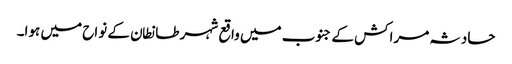
حادثہ مراکش کے جنوب میں واقع شہر طانطان کے نواح میں ہوا۔